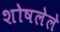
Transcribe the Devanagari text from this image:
शोषलेले